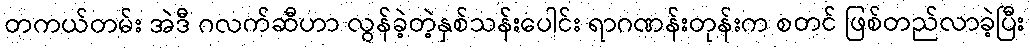
တကယ်တမ်း အဲဒီ ဂလက်ဆီဟာ လွန်ခဲ့တဲ့နှစ်သန်းပေါင်း ရာဂဏန်းတုန်းက စတင် ဖြစ်တည်လာခဲ့ပြီး